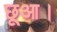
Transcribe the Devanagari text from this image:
छूआ।